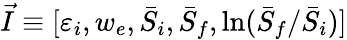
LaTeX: \vec{I}\equiv[\varepsilon_{i},w_{e},\bar{S}_{i},\bar{S}_{f},\ln(\bar{S}_{f}/\bar{S}_{i})]